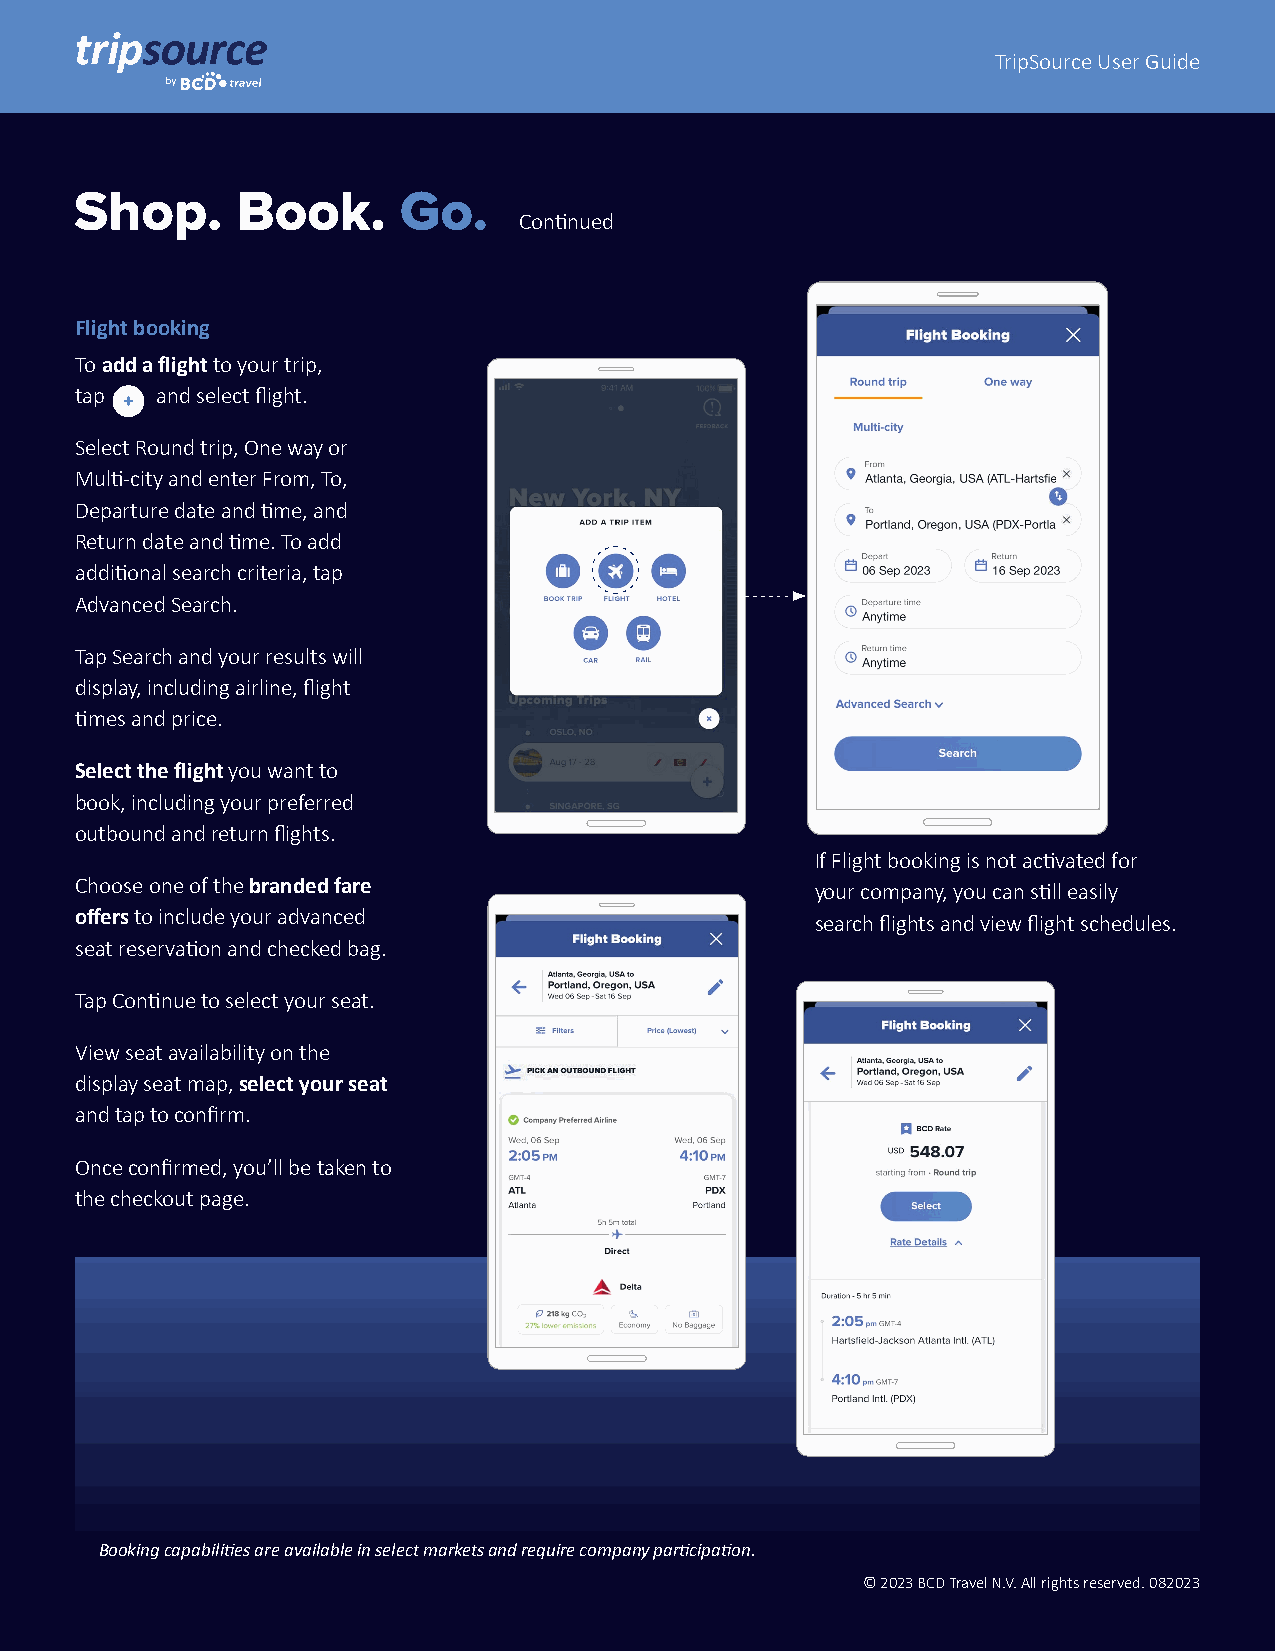
TripSource User Guide
 Shop.      Book.     Go.
 Continued
 Flight booking
 To add a flight to your trip,
 tap  and select flight.
 Select Round trip, One way or
 Multi-city and enter From, To,
 Departure date and time, and
 Return date and time. To add
 additional search criteria, tap
 Advanced Search.
 Tap Search and your results will
 display, including airline, flight
 times and price.
 Select the flight you want to
 book, including your preferred
 outbound and return flights.
 If Flight booking is not activated for
 Choose one of the branded fare                   your company, you can still easily
 offers to include your advanced                  search flights and view flight schedules.
 seat reservation and checked bag.
 Tap Continue to select your seat.
 View seat availability on the
 display seat map, select your seat
 and tap to confirm.
 Once confirmed, you’ll be taken to
 the checkout page.
 Booking capabilities are available in select markets and require company participation.
 © 2023 BCD Travel N.V. All rights reserved. 082023